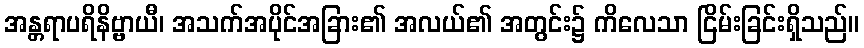
အန္တရာပရိနိဗ္ဗာယီ၊ အသက်အပိုင်အခြား၏ အလယ်၏ အတွင်း၌ ကိလေသာ ငြိမ်းခြင်းရှိသည်။